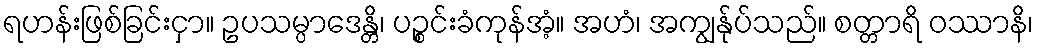
ရဟန်းဖြစ်ခြင်းငှာ။ ဥပသမ္ပာဒေန္တိ၊ ပဉ္စင်းခံကုန်အံ့။ အဟံ၊ အကျွန်ုပ်သည်။ စတ္တာရိ ဝဿာနိ၊